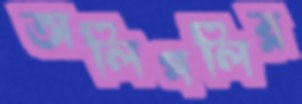
অলিগলির